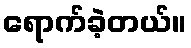
ရောက်ခဲ့တယ်။